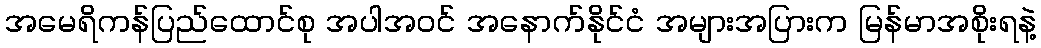
အမေရိကန်ပြည်ထောင်စု အပါအဝင် အနောက်နိုင်ငံ အများအပြားက မြန်မာအစိုးရနဲ့